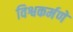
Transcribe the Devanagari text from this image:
विश्वकर्मणे